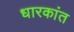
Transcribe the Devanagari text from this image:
धारकांत